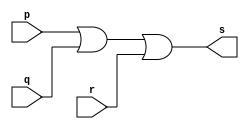
// ------------------------- 
// Exemplo0010 - OR
// Nome: Andr Henriques Fernandes 
// ------------------------- 
 
// --------------------- 
// -- or gate 
// ---------------------

module orgate (output s, input p, input q, input r);
	assign s = (p | q) | r;
endmodule // orgate

module testorgate;
	reg a,b,c;
	wire s;
	orgate OR1 (s,a,b,c);
	initial begin:start
		a=0;
		b=0;
		c=0;
	end
	initial begin:main
		$display("a | b | c = s \n");
		$monitor("%b | %b | %b = %b",a,b,c,s);
		#1 a=0; b=0; c=1;
		$monitor("%b | %b | %b = %b",a,b,c,s);
		#1 a=0; b=1; c=0;
		$monitor("%b | %b | %b = %b",a,b,c,s);
		#1 a=0; b=1; c=1;
		$monitor("%b | %b | %b = %b",a,b,c,s);
		#1 a=1; b=0; c=0;
		$monitor("%b | %b | %b = %b",a,b,c,s);
		#1 a=1; b=0; c=1;
		$monitor("%b | %b | %b = %b",a,b,c,s);
		#1 a=1; b=1; c=0;
		$monitor("%b | %b | %b = %b",a,b,c,s);
		#1 a=1; b=1; c=1;
		$monitor("%b | %b | %b = %b",a,b,c,s);
	end
endmodule //testorgate